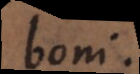
boni.